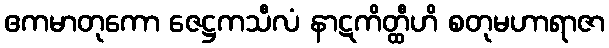
ဧကမာတုကော ဇေဋ္ဌကသီလံ နာဋကိတ္ထီဟိ စတုမဟာရာဇာ